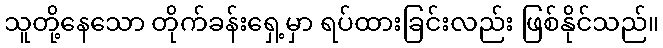
သူတို့နေသော တိုက်ခန်းရှေ့မှာ ရပ်ထားခြင်းလည်း ဖြစ်နိုင်သည်။